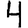
Digit: 4